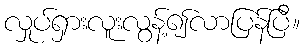
လှုပ်ရှားလူးလွန့်၍လာပြန်ပြီ။